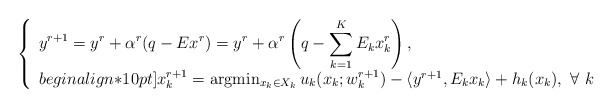
\begin{align*}\left\{\begin{array}{l}\displaystyle\displaystyle y^{r+1}=y^r+\alpha^r(q-Ex^{r})=y^r+\alpha^r\left(q-\sum_{k=1}^KE_kx_k^{r}\right),\\begin{align*}10pt]x_k^{r+1}={\rm arg}\!\min_{x_k\in X_k}u_k(x_k; w_k^{r+1})-\langle y^{r+1}, E_k x_k \rangle+h_k(x_k),~\forall\ k\end{array}\right.\end{align*}